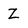
Character: Z